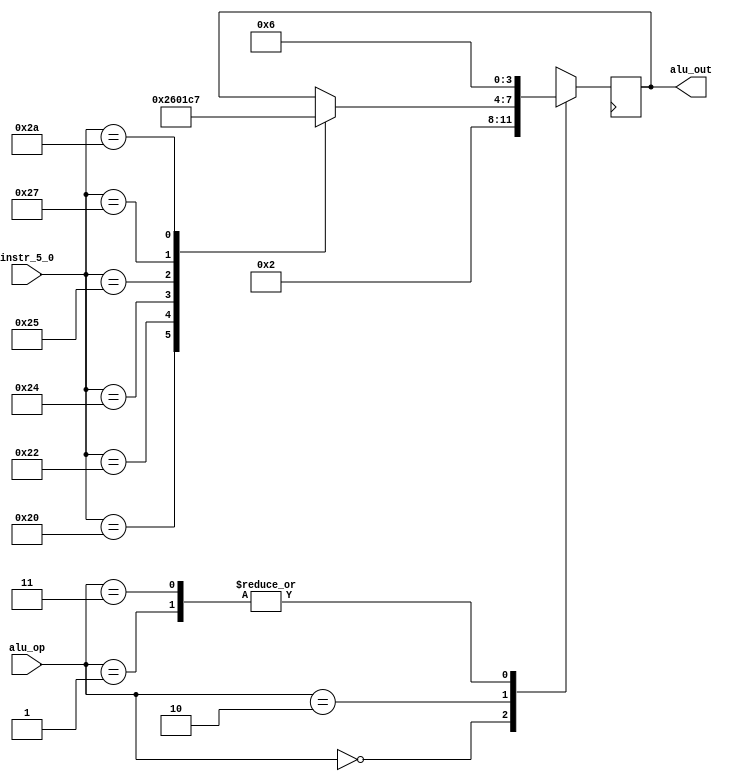
module alu_control  (
    input wire [1:0] alu_op , 
    input wire [5:0] instr_5_0 , 
	 output reg [3:0] alu_out);
	 
	 always @(posedge clk)begin
		case(alu_op)
			2'b00: alu_out = 4'b0010;
				
			2'b01: alu_out = 4'b0110;
			
			2'b10:begin
				case(instr_5_0)
					6'b100000: alu_out = 4'b0010;
					
					6'b100010: alu_out = 4'b0110;
					
					6'b100100: alu_out = 4'b0000;
					
					6'b100101: alu_out = 4'b0001;
					
					6'b100111: alu_out = 4'b1100;
					
					6'b101010: alu_out = 4'b0111;
				endcase

			end
			
			2'b11: alu_out = 4'b0110;
		endcase
	end
endmodule